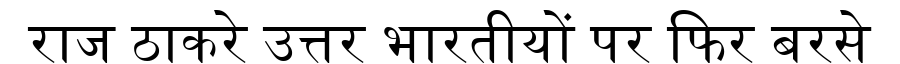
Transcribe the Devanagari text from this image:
राज ठाकरे उत्तर भारतीयों पर फिर बरसे